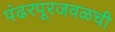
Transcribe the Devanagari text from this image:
पंढरपूरजवळची